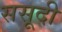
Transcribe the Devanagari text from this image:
ससूदी